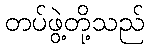
တပ်ဖွဲ့တို့သည်